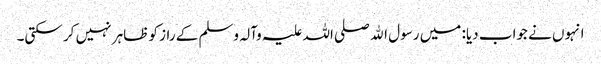
انہوں نے جواب دیا: میں رسول اﷲ صلی اللہ علیہ وآلہ وسلم کے راز کو ظاہر نہیں کر سکتی۔